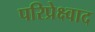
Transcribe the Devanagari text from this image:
परिप्रेक्ष्वाद